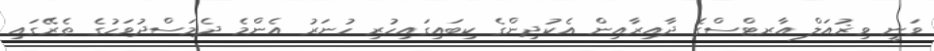
ވަނީ ވިޜުއަލް އާރޓްސްގެ ދާއިރާއިން އެކުދިންގެ ކިބައިގައިހުރި ހުނަރު އެންމެ ދެމަސްދުވަހުގެ ތެރޭގައި